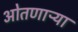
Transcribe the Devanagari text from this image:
ओतणाऱ्या